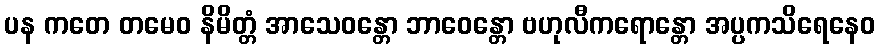
ပန ကတေ တမေဝ နိမိတ္တံ အာသေဝန္တော ဘာဝေန္တော ဗဟုလီကရောန္တော အပ္ပကသိရေနေဝ